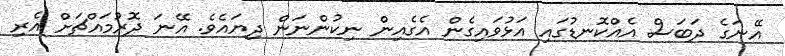
އޭނަގެ ދަބަސް އެއްކޮނޑުގައި އަޅުވައިގެން އެގެއިން ނިކުންނަން ދިޔައެވެ. އޭނަ ދޮރުމައްޗަށް އެރި